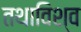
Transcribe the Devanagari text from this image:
तथाविश्व